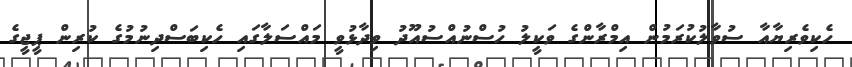
ހެކިވެރިޔާއާ ސުވާލުކުރަމުން އިމްރާންގެ ވަކީލު ހުސްނުއްސުއޫދު ވިދާޅުވީ މައްސަލާގައި ހެކިބަސްދިނުމުގެ ކުރިން ޕީޖީގެ